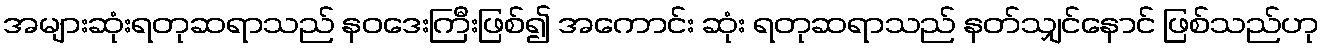
အများဆုံးရတုဆရာသည် နဝဒေးကြီးဖြစ်၍ အကောင်း ဆုံး ရတုဆရာသည် နတ်သျှင်နောင် ဖြစ်သည်ဟု